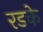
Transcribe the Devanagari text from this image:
रडके